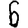
Digit: 6